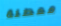
معطلة